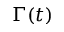
\Gamma ( t )